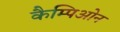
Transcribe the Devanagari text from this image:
कैम्पिओन